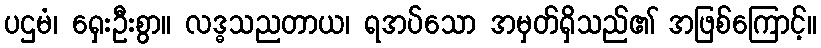
ပဌမံ၊ ရှေးဦးစွာ။ လဒ္ဓသညတာယ၊ ရအပ်သော အမှတ်ရှိသည်၏ အဖြစ်ကြောင့်။